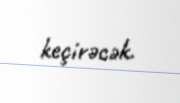
keçirəcək.